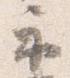
示